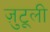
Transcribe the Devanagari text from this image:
ज़ुटूली